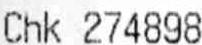
CHK 274898